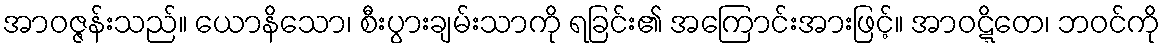
အာဝဇ္ဇန်းသည်။ ယောနိသော၊ စီးပွားချမ်းသာကို ရခြင်း၏ အကြောင်းအားဖြင့်။ အာဝဋ္ဋိတေ၊ ဘဝင်ကို